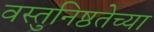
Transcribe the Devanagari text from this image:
वस्तुनिष्ठतेच्या